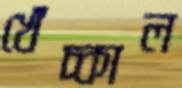
খেঁচ্‌কাল